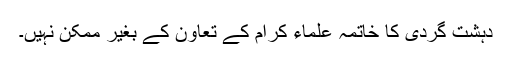
دہشت گردی کا خاتمہ علماء کرام کے تعاون کے بغیر ممکن نہیں۔